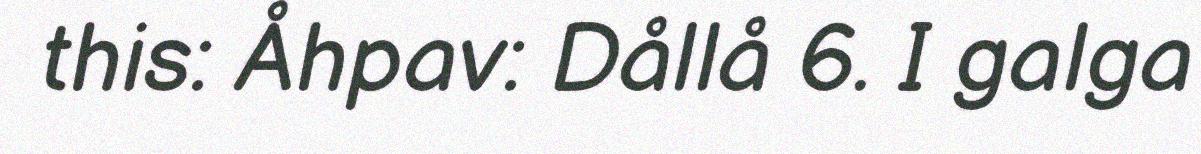
this: Åhpav: Dållå 6. I galga